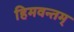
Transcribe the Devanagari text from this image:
हिमवन्तम्